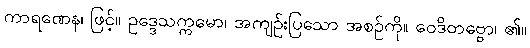
ကာရဏေန၊ ဖြင့်။ ဥဒ္ဒေသက္ကမော၊ အကျဉ်းပြသော အစဉ်ကို။ ဝေဒိတဗ္ဗော၊ ၏။